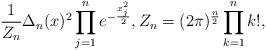
LaTeX: \begin{align*} \frac{1}{Z_n}\Delta_n(x)^2\prod_{j=1}^ne^{-\frac{x_j^2}{2}}, Z_n = (2\pi)^{\frac{n}{2}} \prod^n_{k = 1} k!,\end{align*}